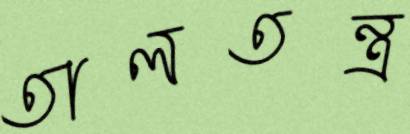
তালতন্ত্র